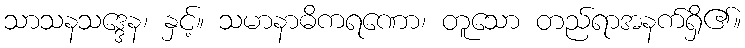
သာသနသဒ္ဒေန၊ နှင့်။ သမာနာဓိကရဏော၊ တူသော တည်ရာအနက်ရှိ၏။